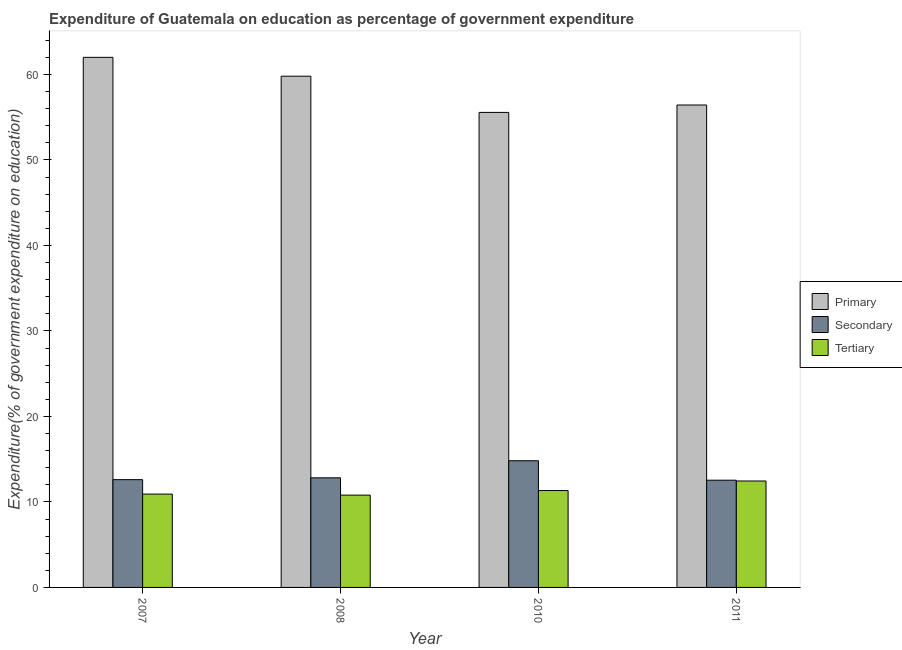
| Year | Primary | Secondary | Tertiary |
 | --- | --- | --- | --- |
 | 2007 | 62 | 12.6 | 10.9 |
 | 2008 | 59.8 | 12.8 | 10.8 |
 | 2010 | 55.6 | 14.8 | 11.3 |
 | 2011 | 56.4 | 12.5 | 12.4 |